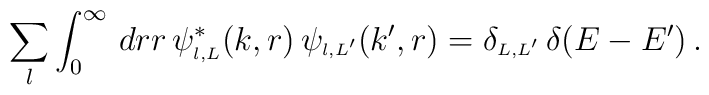
\sum_{l}\int_0^{\infty} \,dr r \,\psi_{\scriptscriptstyle{l,L}}^{\ast}(k, r)\,\psi_{\scriptscriptstyle{l,L^{\prime}}}(k^{\prime}, r)=\delta_{\scriptscriptstyle{L,L^{\prime}}}\,\delta(E - E^{\prime})\,.